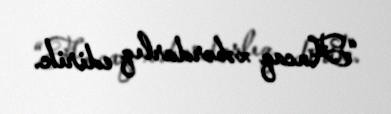
“Ancaq xəbərdarlıq edirik.